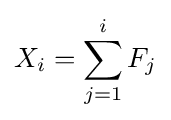
X_{i}=\sum _{j=1}^{i}F_{j}